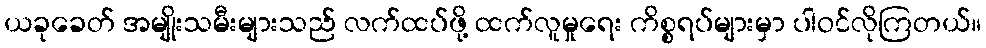
ယခုခေတ် အမျိုးသမီးများသည် လက်ထပ်ဖို့ ထက်လူမှုရေး ကိစ္စရပ်များမှာ ပါဝင်လိုကြတယ်။